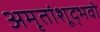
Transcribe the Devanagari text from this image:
अमृतांशूद्भवो